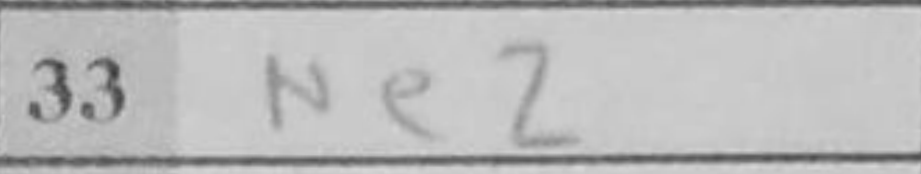
Transcription: Ne2